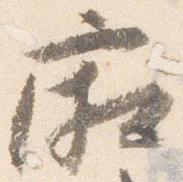
廂